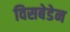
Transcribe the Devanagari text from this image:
विसबेडेन